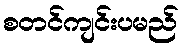
စတင်ကျင်းပမည်